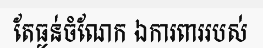
តែធ្ងន់ចំណែក ឯការពាររបស់